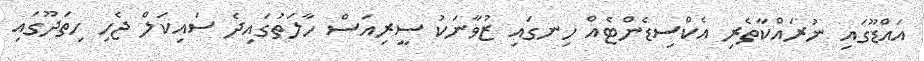
އައްޑޫގައި ނުރައްކާތެރި އެކްސިޑެންޓެއް ހިނގައި ޒުވާނަކު ސީރިއަސް ހާލަތުގައިދެ ސައިކަލް ޖެހި ހިތަދޫގައި